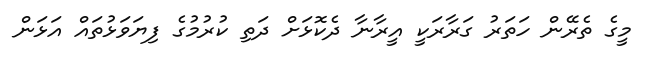
މީގެ ތެރޭން ހަތަރު ގަރާރަކީ އީރާނާ ދެކޮޅަށް ދަތި ކުރުމުގެ ފިޔަވަޅުތައް އަޅަން